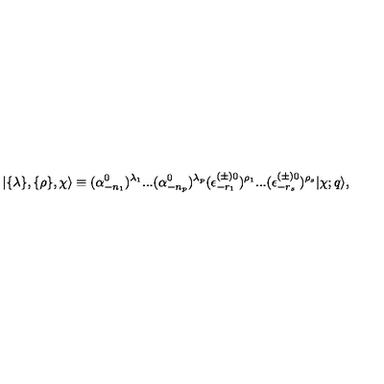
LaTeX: \vert \{ \lambda \} , \{ \rho \} , \chi \rangle { } \equiv { } ( \alpha _ { - { n _ { 1 } } } ^ { 0 } ) ^ { \lambda _ { 1 } } . . . ( \alpha _ { - { n _ { p } } } ^ { 0 } ) ^ { \lambda _ { p } } ( \epsilon _ { - r _ { 1 } } ^ { ( \pm ) 0 } ) ^ { \rho _ { 1 } } . . . ( \epsilon _ { - r _ { s } } ^ { ( \pm ) 0 } ) ^ { \rho _ { s } } \vert \chi ; q \rangle { } ,